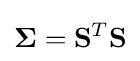
\mathbf {\Sigma } =\mathbf {S} ^{T}\mathbf {S}